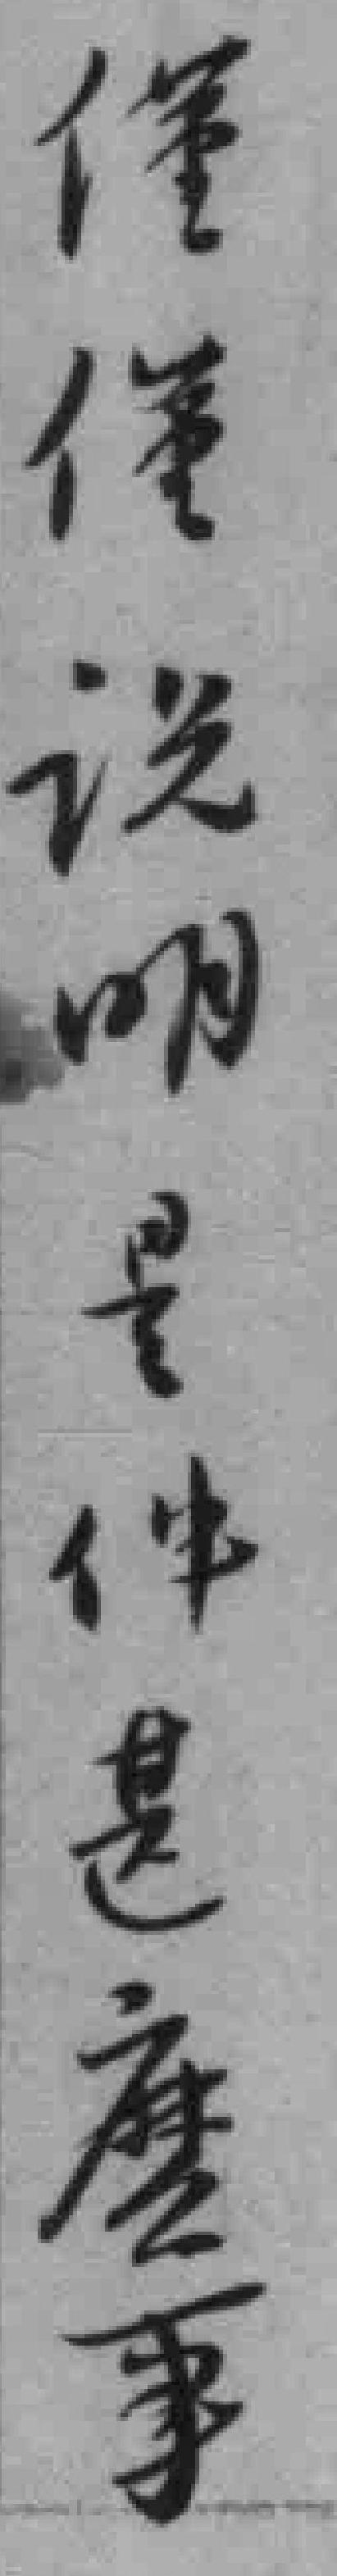
僅僅说明是件甚麽事